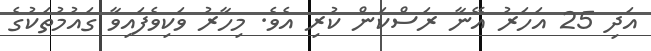
އަދި 25 އަހަރު އޭނާ ރަސްކަން ކުރި އެވެ. މިހާރު ވަކިވެފައިވާ ގައުމުތަކުގެ